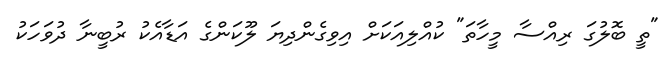
"ތީ ބޮލުގަ ރިއްސާ މީހާތަ" ކުއްލިއަކަށް އިވިގެންދިޔަ ލޫކަންގެ އަޑާއެކު ރުބީނާ ދުވަހަކު